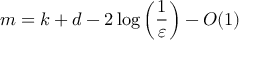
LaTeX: m = k + d - 2 \log \left( { \frac { 1 } { \varepsilon } } \right) - O ( 1 )